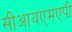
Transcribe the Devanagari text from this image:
सीआयएमएपी